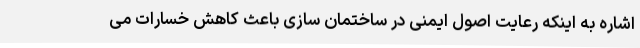
اشاره به اینکه رعایت اصول ایمنی در ساختمان سازی باعث کاهش خسارات می